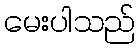
မေးပါသည်